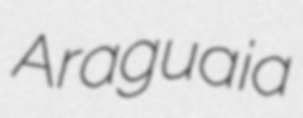
Araguaia